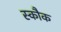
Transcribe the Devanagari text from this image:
स्कौक